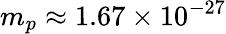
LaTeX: m_{p}\approx 1.67\times 10^{-27}